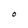
Character: O